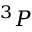
^ 3 P